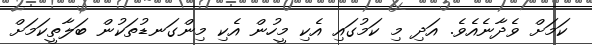
ކަމަށް ވެދާނެއެވެ. އަދި މި ކަމުގައި އެކި މީހުން އެކި މިންގަނޑުތަކުން ބަލާތީކަމަށް